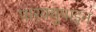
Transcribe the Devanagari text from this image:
पारक्युपाइन